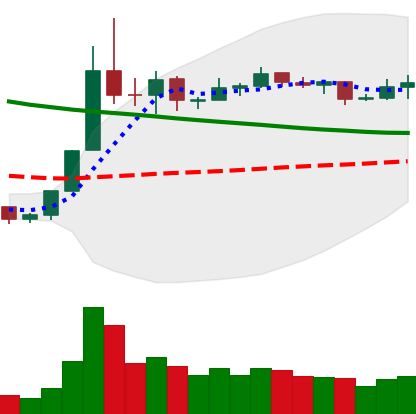
Ticker: NEO-USD
Chart end date: 2019-11-11
Forward return: 11.673%
Label: up_7plus